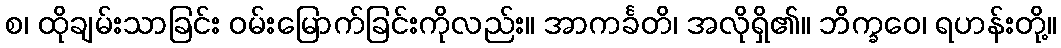
စ၊ ထိုချမ်းသာခြင်း ဝမ်းမြောက်ခြင်းကိုလည်း။ အာကင်္ခတိ၊ အလိုရှိ၏။ ဘိက္ခဝေ၊ ရဟန်းတို့။